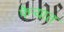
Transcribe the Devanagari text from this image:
फेऱ्यात